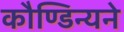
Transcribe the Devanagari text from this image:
कौण्डिन्यने